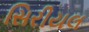
સિરીયલ